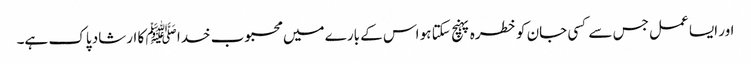
اور ایسا عمل جس سے کسی جان کو خطرہ پہنچ سکتا ہو اس کے بارے میں محبوب خدا ﷺ کا ارشاد پاک ہے۔